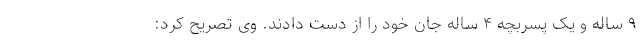
۹ ساله و یک پسربچه ۴ ساله جان خود را از دست دادند. وی تصریح کرد: